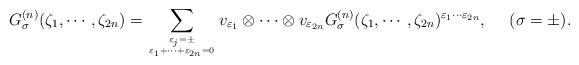
LaTeX: \begin{align*}G^{(n)}_\sigma(\zeta_1,\cdots,\zeta_{2n})=\sum_{\varepsilon_j =\pm\atop \varepsilon_1 +\cdots +\varepsilon_{2n}=0} v_{\varepsilon_1} \otimes \cdots \otimes v_{\varepsilon_{2n}} G^{(n)}_\sigma(\zeta_1,\cdots,\zeta_{2n})^{\varepsilon_1 \cdots \varepsilon_{2n}}, ~~~~ (\sigma =\pm ). \end{align*}